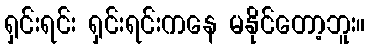
ရှင်းရင်း ရှင်းရင်းကနေ မနိုင်တော့ဘူး။